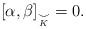
LaTeX: \begin{align*} [\alpha, \beta]_{\underset{K}{\smile}} =0.\end{align*}